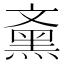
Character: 𪐰